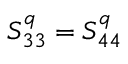
S _ { 3 3 } ^ { q } = S _ { 4 4 } ^ { q }